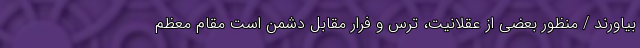
بیاورند / منظور بعضی از عقلانیت، ترس و فرار مقابل دشمن است مقام معظم